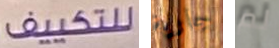
للتكييف جارية لم